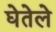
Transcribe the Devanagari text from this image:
घेतेले